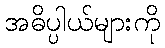
အဓိပ္ပါယ်များကို